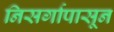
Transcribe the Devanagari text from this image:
निसर्गापासून